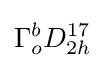
\Gamma _{o}^{b}D_{2h}^{17}